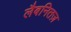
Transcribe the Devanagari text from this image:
लैबनितज़